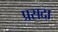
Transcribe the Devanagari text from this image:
प्रसदा